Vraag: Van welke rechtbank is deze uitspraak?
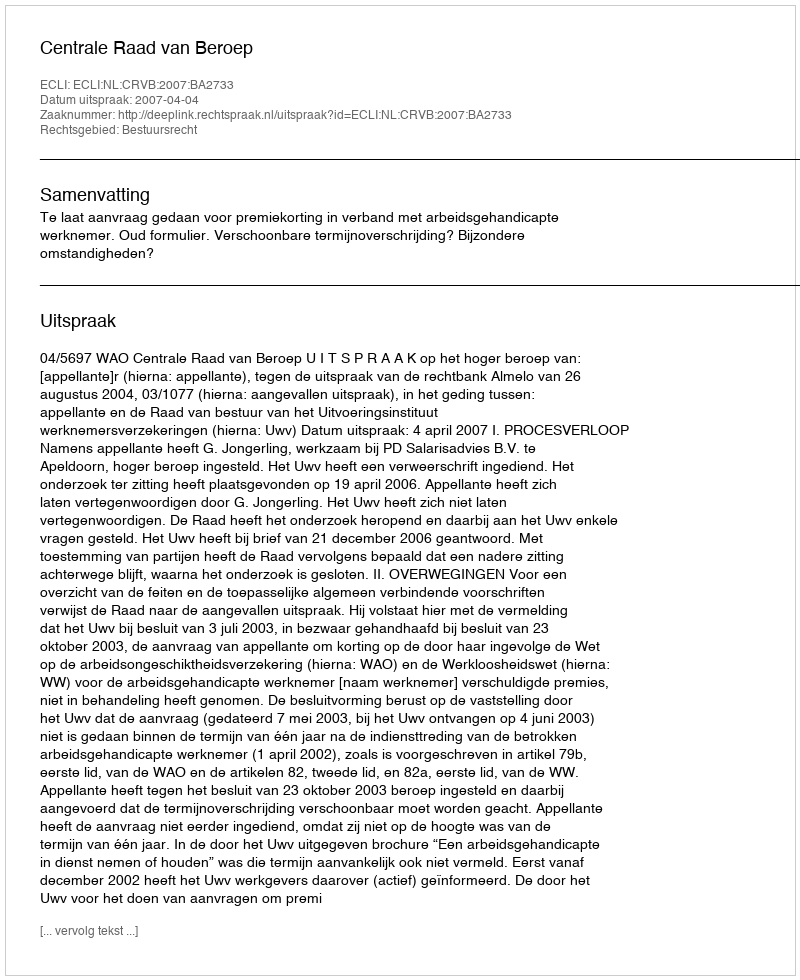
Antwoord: Centrale Raad van Beroep